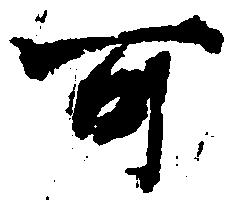
可